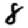
Digit: 8